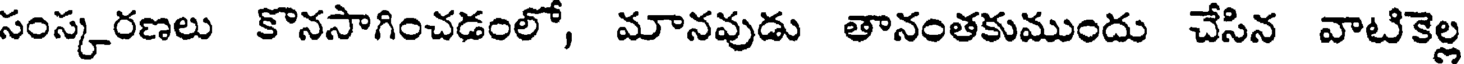
సంస్కరణలు కొనసాగించడంలో, మానవుడు తానంతకుముందు చేసిన వాటికెల్ల